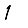
Digit: 1